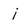
Character: i